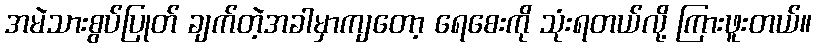
အမဲသားစွပ်ပြုတ် ချက်တဲ့အခါမှာကျတော့ ရေစေးကို သုံးရတယ်လို့ ကြားဖူးတယ်။